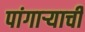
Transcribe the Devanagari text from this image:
पांगाऱ्याची